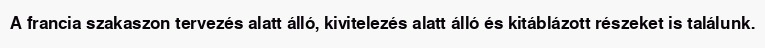
A francia szakaszon tervezés alatt álló, kivitelezés alatt álló és kitáblázott részeket is találunk.